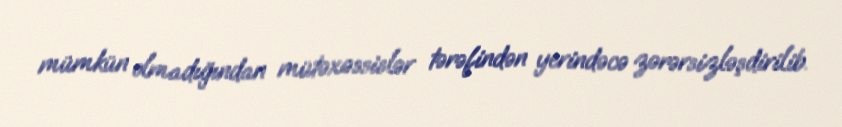
mümkün olmadığından mütəxəssislər tərəfindən yerindəcə zərərsizləşdirilib.